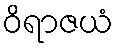
ဝိရာဇယံ